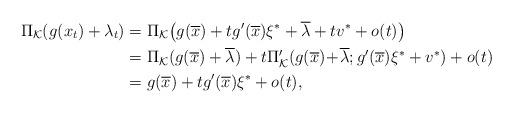
LaTeX: \begin{align*} \Pi_{\mathcal{K}}(g(x_t)+\lambda_t) &=\Pi_{\mathcal{K}}\big(g(\overline{x})+tg'(\overline{x})\xi^*+\overline{\lambda}+tv^*+o(t)\big)\\ &=\Pi_{\mathcal{K}}(g(\overline{x})+\overline{\lambda}) +t\Pi_{\mathcal{K}}'(g(\overline{x})\!+\!\overline{\lambda};g'(\overline{x})\xi^*+v^*)+o(t)\\ &=g(\overline{x})+tg'(\overline{x})\xi^*+o(t), \end{align*}